King Institute of Preventive Medicine Micro-Biological Section reports 1909-11
Year: 1909
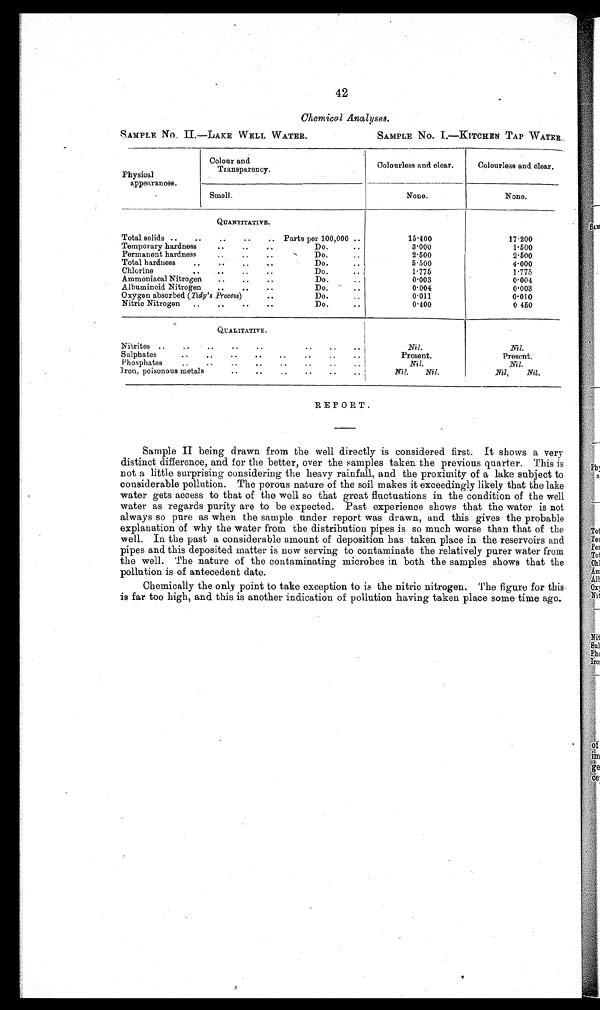
42
Chemical Analyses.
SAMPLE No. II.—LAKE WELL WATER.
SAMPLE No. I.—KITCHEN TAP WATER.
Physical
a pp earances.
Colour and
Transparency.
Colourless and clear.
Colourless and clear.
Smell.
None.
None.
QUANTITATIVE.
Total solids ..
..
..
..
.. Parts per 100,000 ..
15.400
17.200
Temporary hardness
..
..
..
Do.
..
3 . 0 0 0
1.500
Permanent hardness.
..
Do.
..
.
..
..
2.500
2.500
Total hardness
..
, .
..
..
Do.
..
5.500
4.000
Chlorine
..
..
..
..
Do. . .
1.775
1.775
Ammoniacal Nitrogen
..
..
..
Do. ..
0 . 0 0 3
0.004
Albuminoid Nitrogen..
..
..
Do.
..
0.004
0.003
..
Oxygen absorbed (Tidy's .Process)
Do.
0.011
0.010
Nitric Nitrogen
..
..
..
..
Do ..
0.400
0.450
QUALITATIVE.
Nitrites ..
..
..
..
..
..
..
..
Nil.
Nil.
Sulphates
..
..
..
..
..
..
..
..
Present.
Present.
Phosphates
..
..
..
..
..
..
..
.. I
Nil.
Nil.
iron, poisonous metals
..
..
..
..
..
..
Nil.
Nil.
Nil,
Nil.
REPORT.
Sample II being drawn from the well directly is considered first. It shows a very
distinct difference, and for the better, over the samples taken the previous quarter. This is
not a little surprising considering the heavy rainfall, and the proximity of a lake subject to
considerable pollution. The porous nature of the soil makes it exceedingly likely that the lake
water gets access to that of the well so that great fluctuations in the condition of the well
water as regards purity are to be expected. Past experience shows that the water is not
always so pure as when the sample under report was drawn, and this gives the probable
explanation of why the water from the distribution pipes is so much worse than that of the
well. In the past a considerable amount of deposition has taken place in the reservoirs and
pipes and this deposited matter is now serving to contaminate the relatively purer water from
the well. The nature of the contaminating microbes in both the samples shows that the
pollution is of antecedent date.
Chemically the only point to take exception to is the nitric nitrogen. The figure for this
is far too high, and. this is another indication of pollution having taken place some time ago.